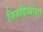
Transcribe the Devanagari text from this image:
निजदिव्यांशा